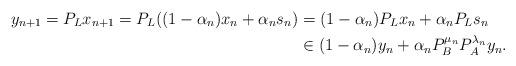
LaTeX: \begin{align*}y_{n+1} =P_Lx_{n+1} =P_L((1-\alpha_n)x_n +\alpha_n s_n) &=(1-\alpha_n)P_Lx_n +\alpha_n P_Ls_n\\&\in (1-\alpha_n)y_n +\alpha_n P_B^{\mu_n}P_A^{\lambda_n}y_n.\end{align*}